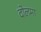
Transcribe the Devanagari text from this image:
दोलमा